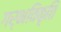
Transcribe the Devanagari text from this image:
गर्भविकृति